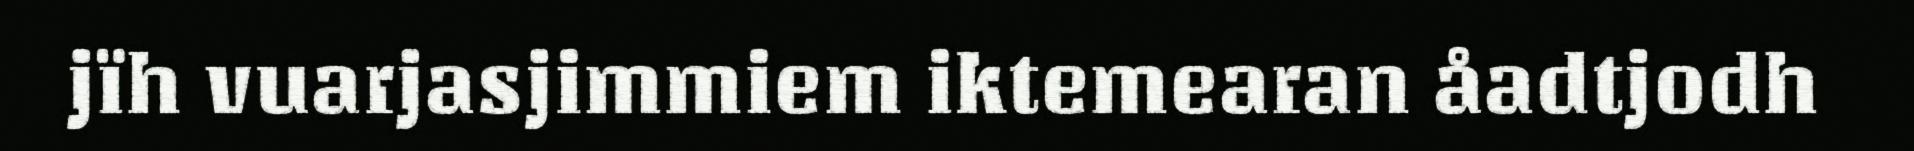
jïh vuarjasjimmiem iktemearan åadtjodh